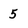
Character: 5